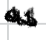
Text: as
Cross-out: mix
Writing tool: digital_black